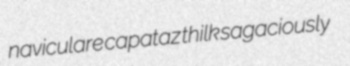
naviculare capataz thilk sagaciously